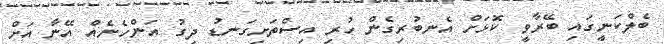
ބެލްކަނީގައި ބޭރާވީ ކޮޅަށް އެނބުރިގެން ހުރި އިސްތަށިގަނޑު ދިގު އަންހެނެއް އޭނާ އަށް